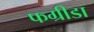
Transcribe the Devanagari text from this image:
फग्रीडा